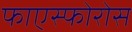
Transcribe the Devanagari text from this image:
फाएस्फोरोस